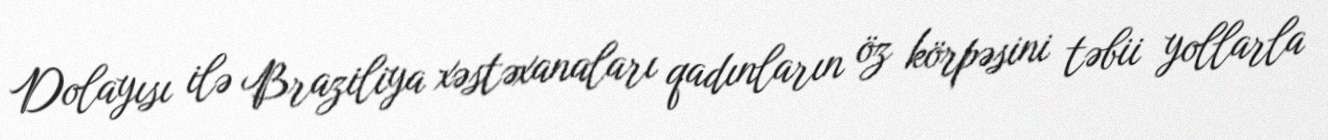
Dolayısı ilə Braziliya xəstəxanaları qadınların öz körpəsini təbii yollarla